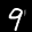
Label: 9